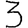
Digit: 3